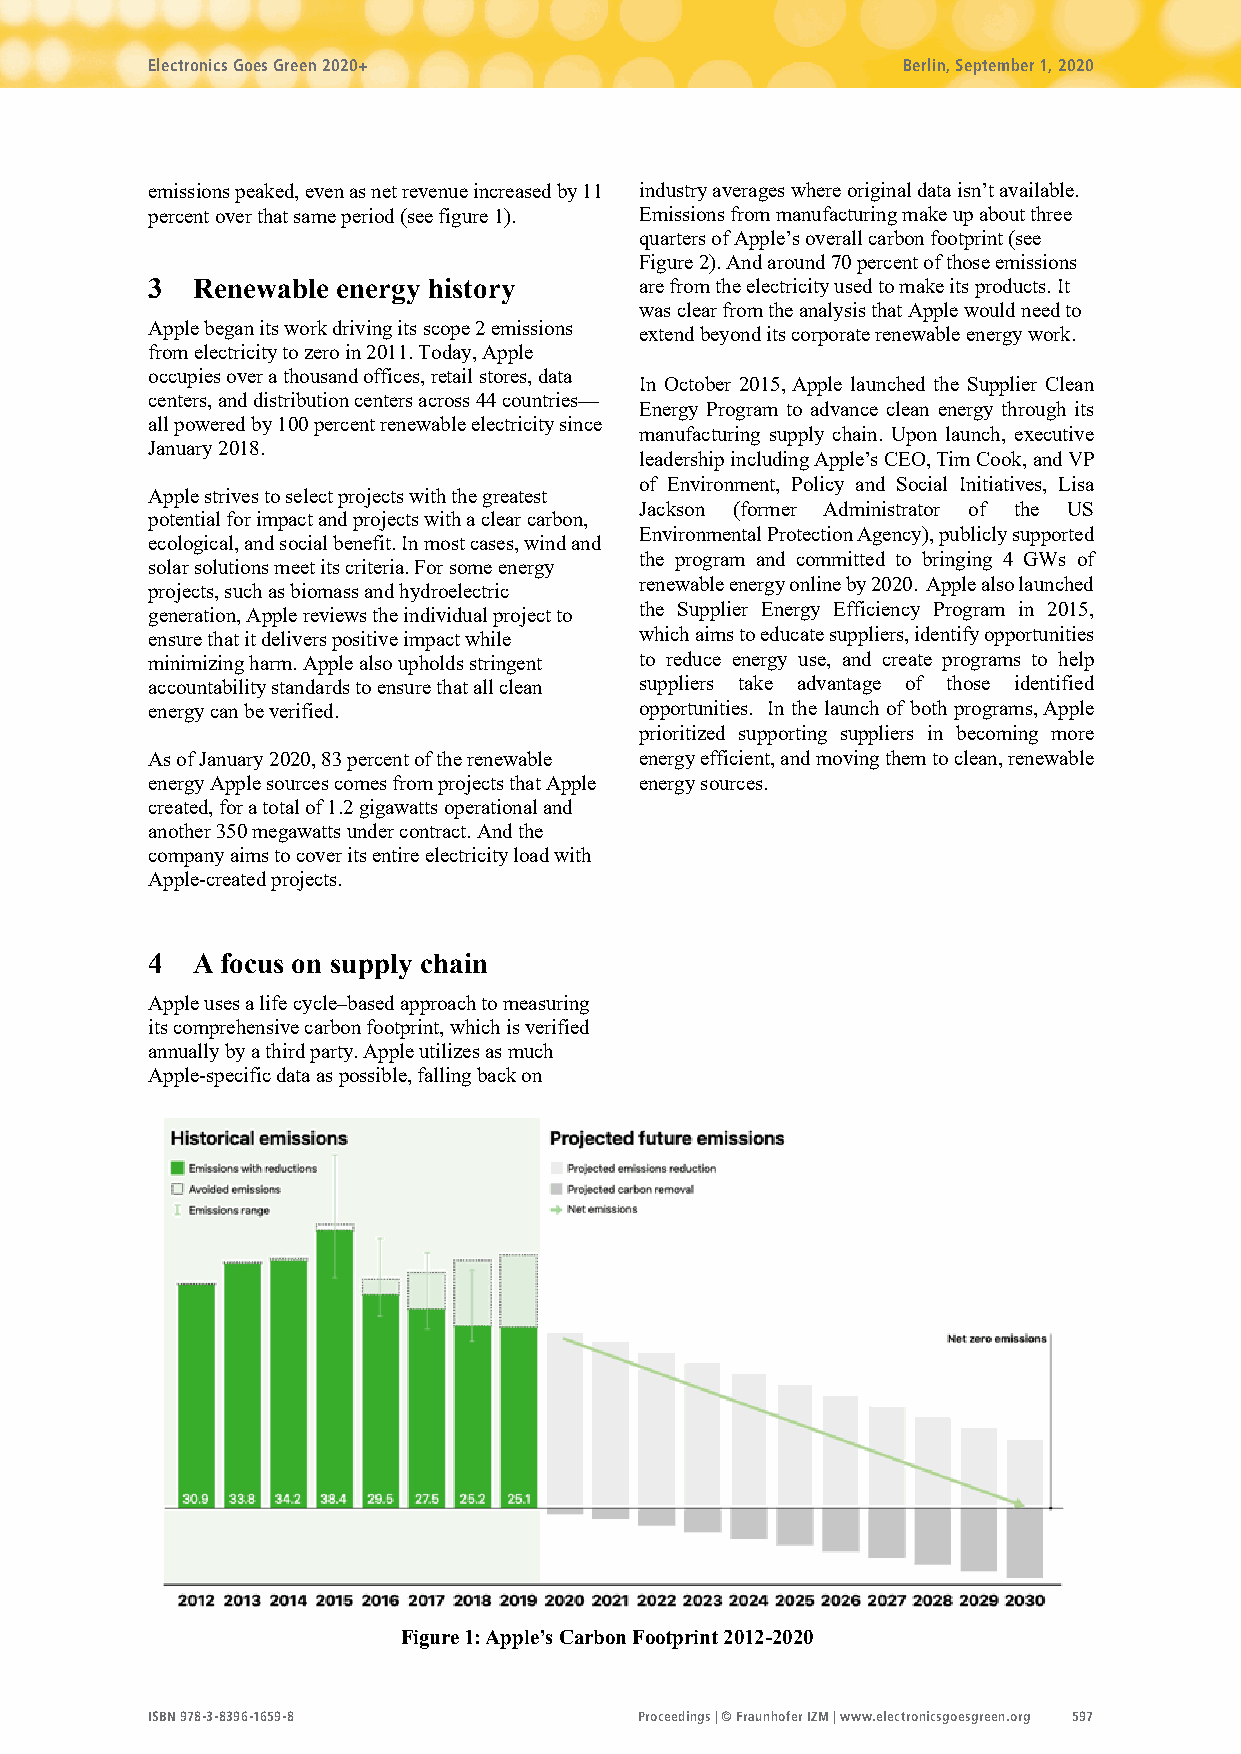
Electronics Goes Green 2020+                      Berlin, September 1, 2020
 emissions peaked, even as net revenue increased by 11 industry averages where original data isn’t available.
 percent over that same period (see figure 1). Emissions from manufacturing make up about three
 quarters of Apple’s overall carbon footprint (see
 Figure 2). And around 70 percent of those emissions
 3  Renewable energy history     are from the electricity used to make its products. It
 was clear from the analysis that Apple would need to
 Apple began its work driving its scope 2 emissions
 extend beyond its corporate renewable energy work.
 from electricity to zero in 2011. Today, Apple
 occupies over a thousand offices, retail stores, data
 In October 2015, Apple launched the Supplier Clean
 centers, and distribution centers across 44 countries—
 Energy Program to advance clean energy through its
 all powered by 100 percent renewable electricity since
 manufacturing supply chain. Upon launch, executive
 January 2018.
 leadership including Apple’s CEO, Tim Cook, and VP
 of Environment, Policy and Social Initiatives, Lisa
 Apple strives to select projects with the greatest
 Jackson (former Administrator of the US
 potential for impact and projects with a clear carbon,
 Environmental Protection Agency), publicly supported
 ecological, and social benefit. In most cases, wind and
 the program and committed to bringing 4 GWs of
 solar solutions meet its criteria. For some energy
 renewable energy online by 2020. Apple also launched
 projects, such as biomass and hydroelectric
 the Supplier Energy Efficiency Program in 2015,
 generation, Apple reviews the individual project to
 ensure that it delivers positive impact while which aims to educate suppliers, identify opportunities
 minimizing harm. Apple also upholds stringent to reduce energy use, and create programs to help
 accountability standards to ensure that all clean suppliers take advantage of those identified
 energy can be verified.         opportunities. In the launch of both programs, Apple
 prioritized supporting suppliers in becoming more
 As of January 2020, 83 percent of the renewable energy efficient, and moving them to clean, renewable
 energy Apple sources comes from projects that Apple energy sources.
 created, for a total of 1.2 gigawatts operational and
 another 350 megawatts under contract. And the
 company aims to cover its entire electricity load with
 Apple-created projects.
 4  A focus on supply chain
 Apple uses a life cycle–based approach to measuring
 its comprehensive carbon footprint, which is verified
 annually by a third party. Apple utilizes as much
 Apple-specific data as possible, falling back on
 Figure 1: Apple’s Carbon Footprint 2012-2020
 ISBN 978-3-8396-1659-8          Proceedings | © Fraunhofer IZM | www.electronicsgoesgreen.org 597